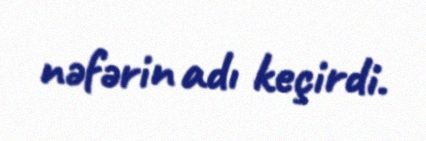
nəfərin adı keçirdi.